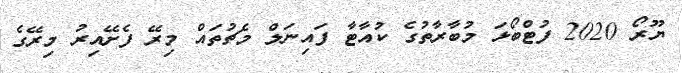
ޔޫރޯ 2020 ފުޓްބޯޅަ މުބާރާތުގެ ކުއާޓާ ފައިނަލް މެޗުތައް މިރޭ ފެށޭއިރު މިރޭގެ